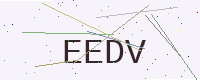
Text: EEDV